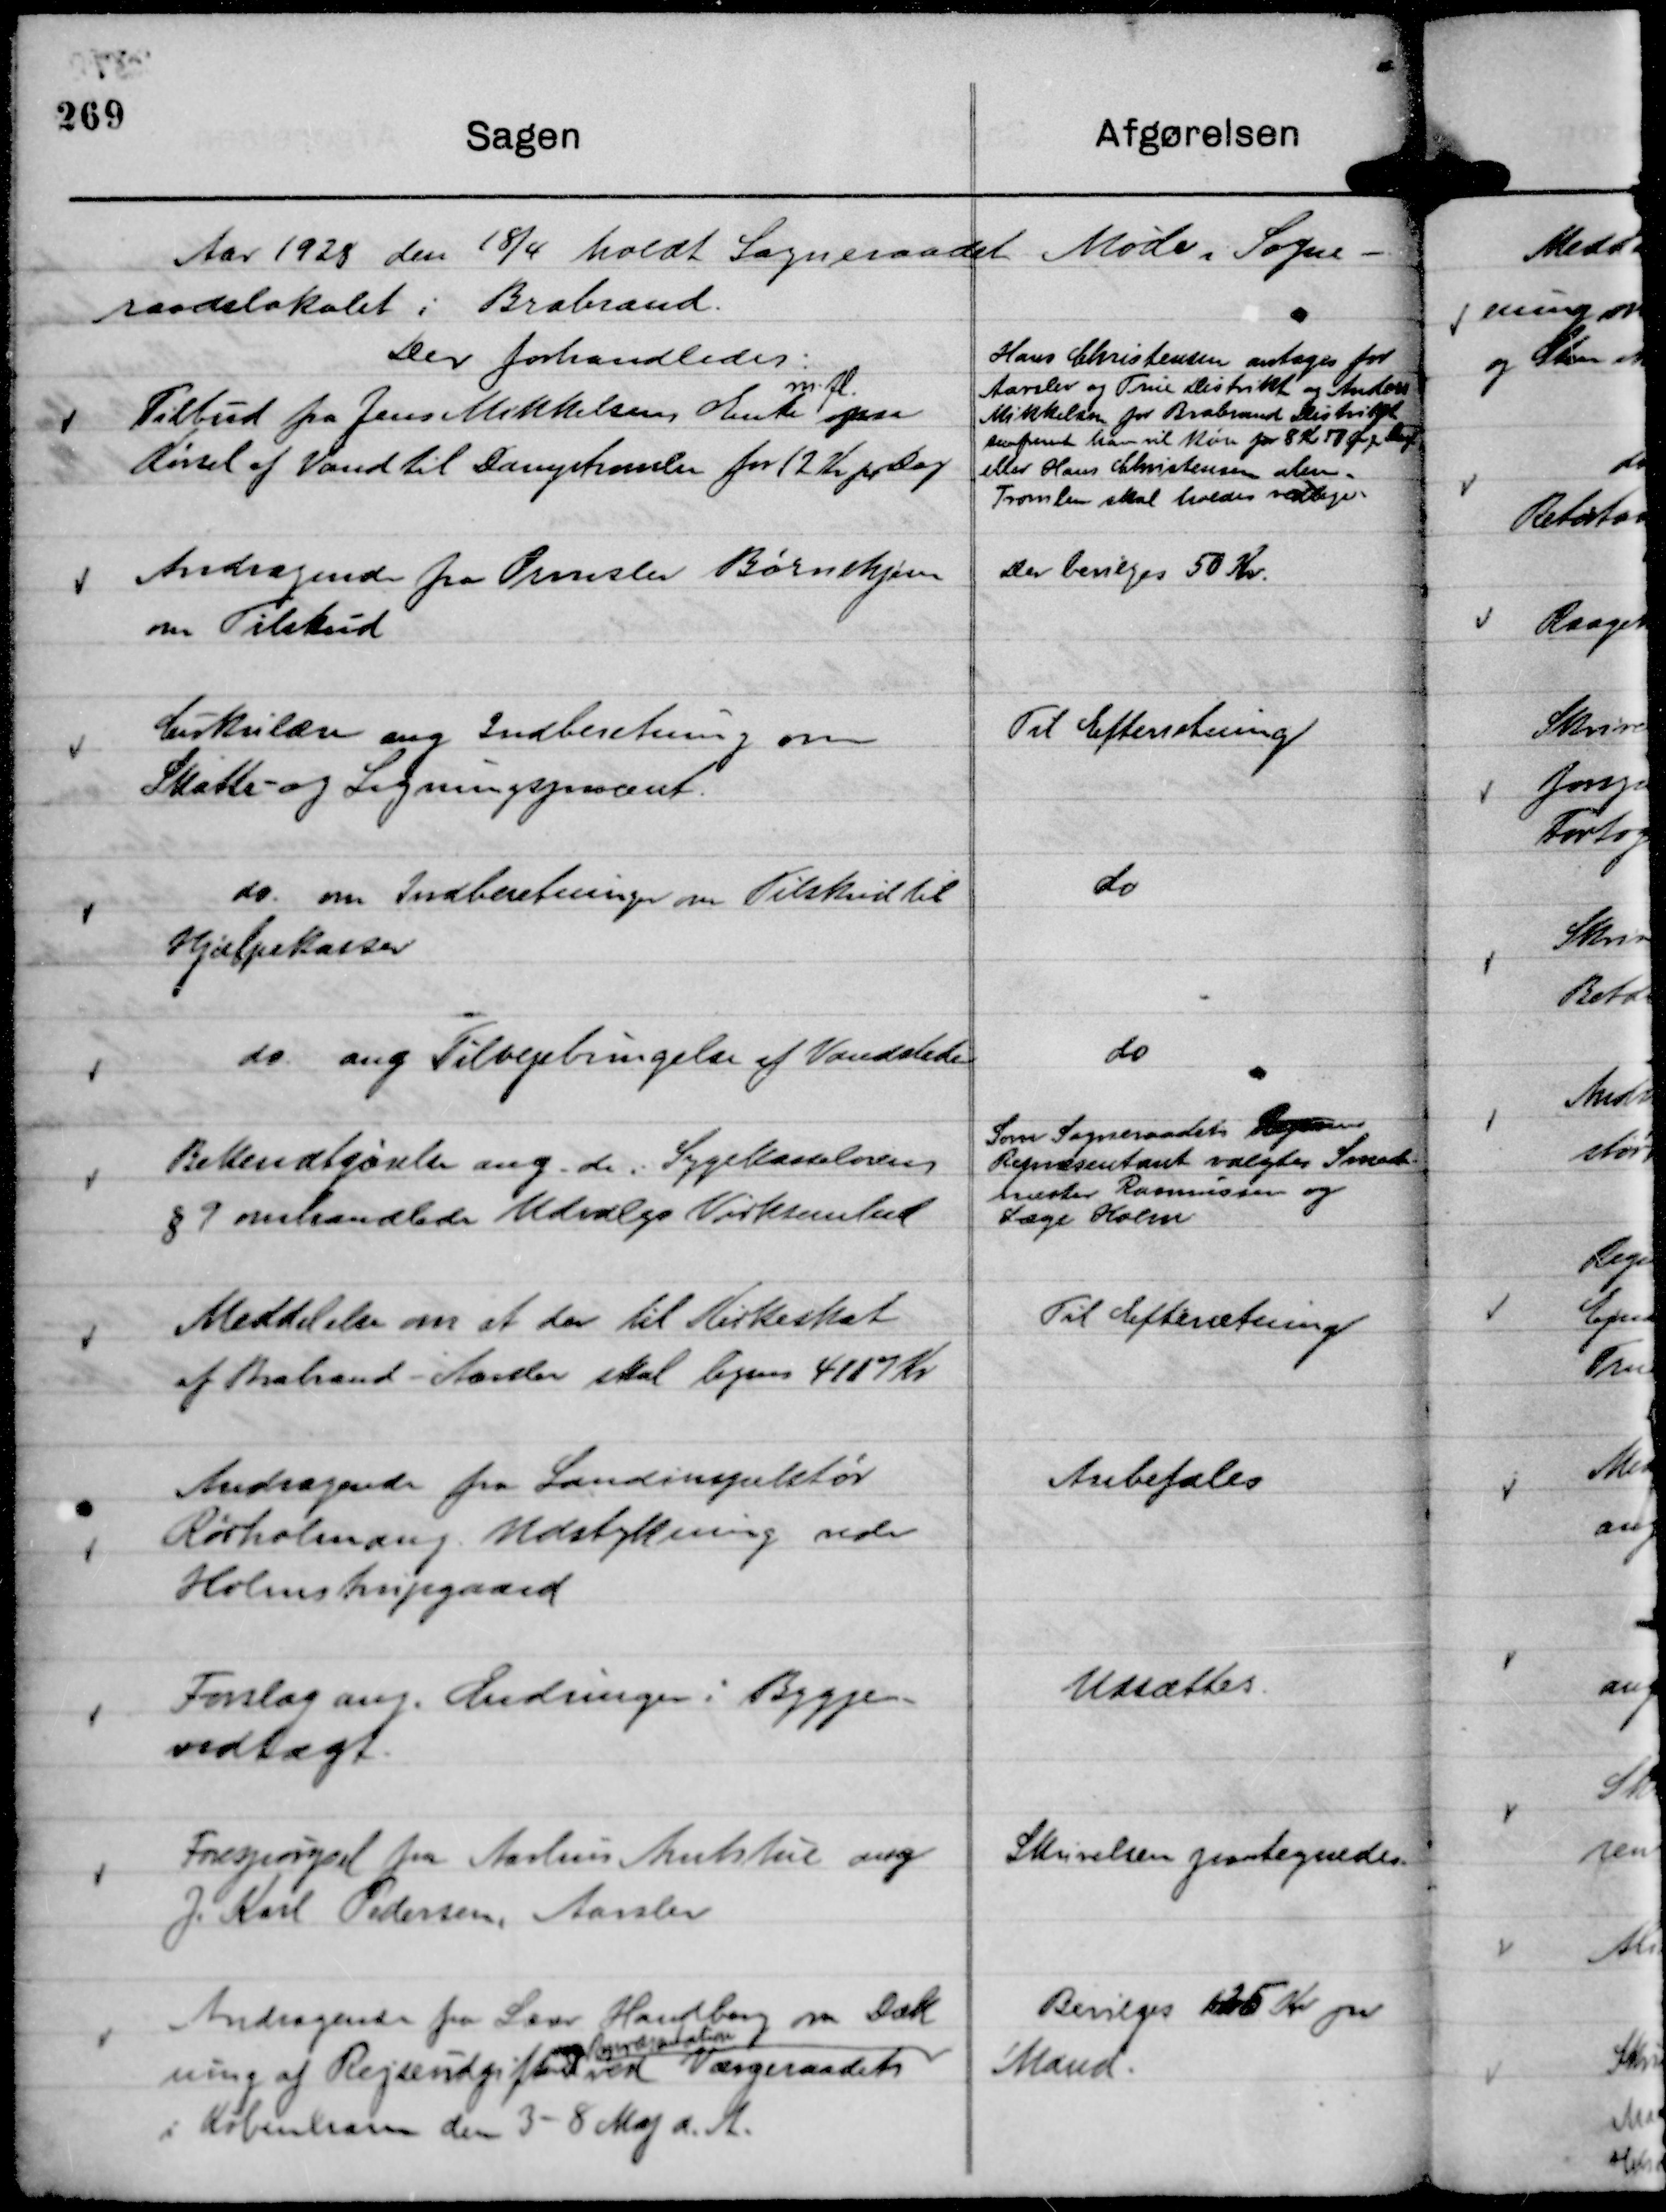
Transskription:
Aar 1928 den 18/4 holdt Sogneraadet Møde i Sogne-
raadslokalet i Brabrand.
Der forhandledes:

Tilbud fra Jens Mikkelsens Enke
m. fl.
paa
Kørsel af Vand til Damptromlen for 12 Kr pr Dag.

Hans Christensen antages for
Aarslev og True Distrikt og Anders
Mikkelsen for Brabrand Distrikt
saafremt han vil køre for 8 Kr 50 Øre Dagl
eller Hans Christensen alene.
Tromlen skal holdes vedlige.

Andragende fra Ormslev Børnehjem
om Tilskud

Der bevilges 50 Kr.

Cirkulære ang Indberetning om
Skatte- og Ligningsprocent.

Til Efterretning

do. om indberetninger om Tilskud til
Hjælpekassen

do

do. ang Tilvejebringelse af Vandsteder

do

Bekendtgørelse ang. de i Sygekasselovens
§ 9 omhandlede Udvalgs Virksomhed

Som Sogneraadets Repræsen
Repræsentant valgtes Smede-
mester Rasmussen og
Læge Holm

Meddelelse om at der til Kirkeskat
af Brabrand - Aarslev skal lignes 4117 Kr

Til Efterretning

Andragende fra Landinspektør
Rørholm ang. Udstykning vedr
Holmstrupgaard

Anbefales

Forslag ang. Ændringer i Bygge-
vedtægt.

Udsættes.

Forespørgsel fra Aarhus Amtstue ang
J. Karl Pedersen, Aarslev

Skrivelsen paategnedes.

Andragende fra Lærer Handberg om Dæk
ning af Rejseudgifter ved Værgeraadets
ang Repræsentation
i København den 3 - 8 Maj d. A.

Bevilges 125 Kr pr
Mand.